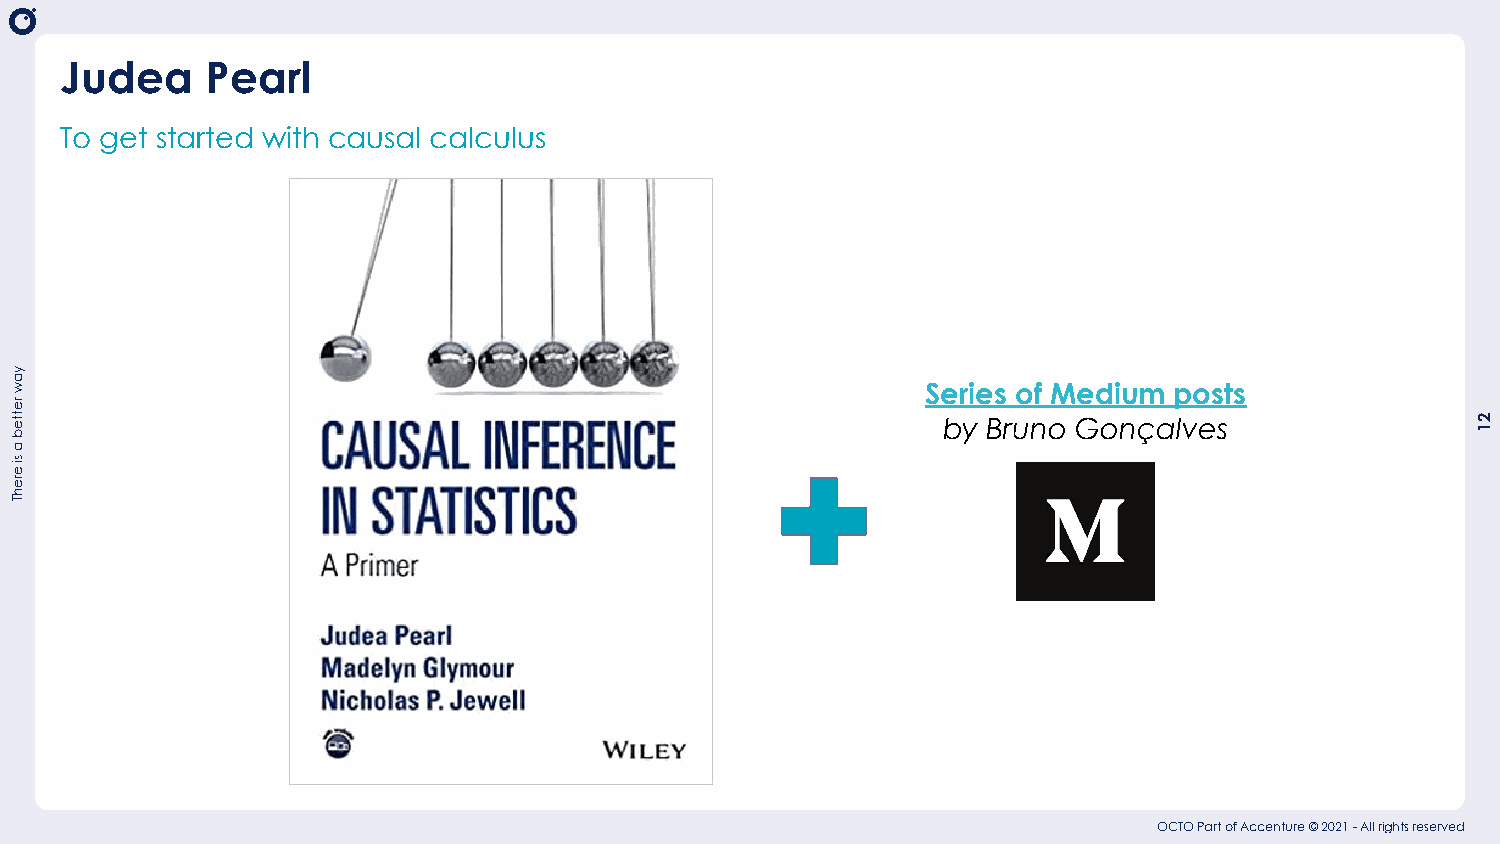
Judea     Pearl
 To get started with causal calculus
 Series of Medium posts
 by Bruno Gonçalves
 OCTO Part of Accenture © 2021 - All rights reserved
 yaw
 retteb
 a
 si
 erehT
 21